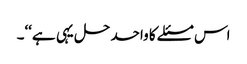
اس مسئلے کا واحد حل یہی ہے‘‘۔